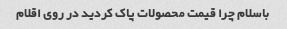
باسلام چرا قیمت محصولات پاک کردید در روی اقلام